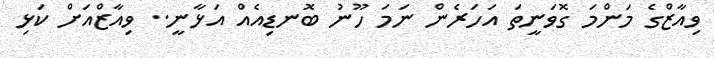
ވިއާޒްގެ މަންމަ ގޮވަނީތަ އަހަރެން ނަމަ ހޫނު ބޮނޑިއެއް އަޅާނީ.. ވިއާޒްްއަށް ކަޅި